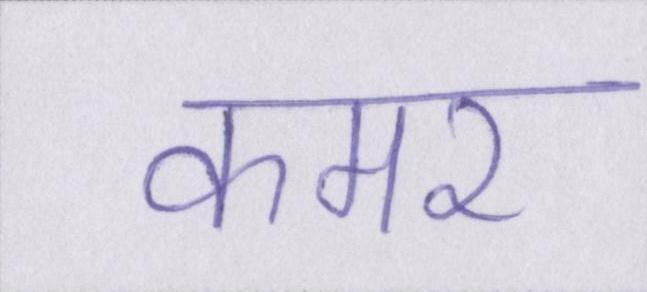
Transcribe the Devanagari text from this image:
कमर